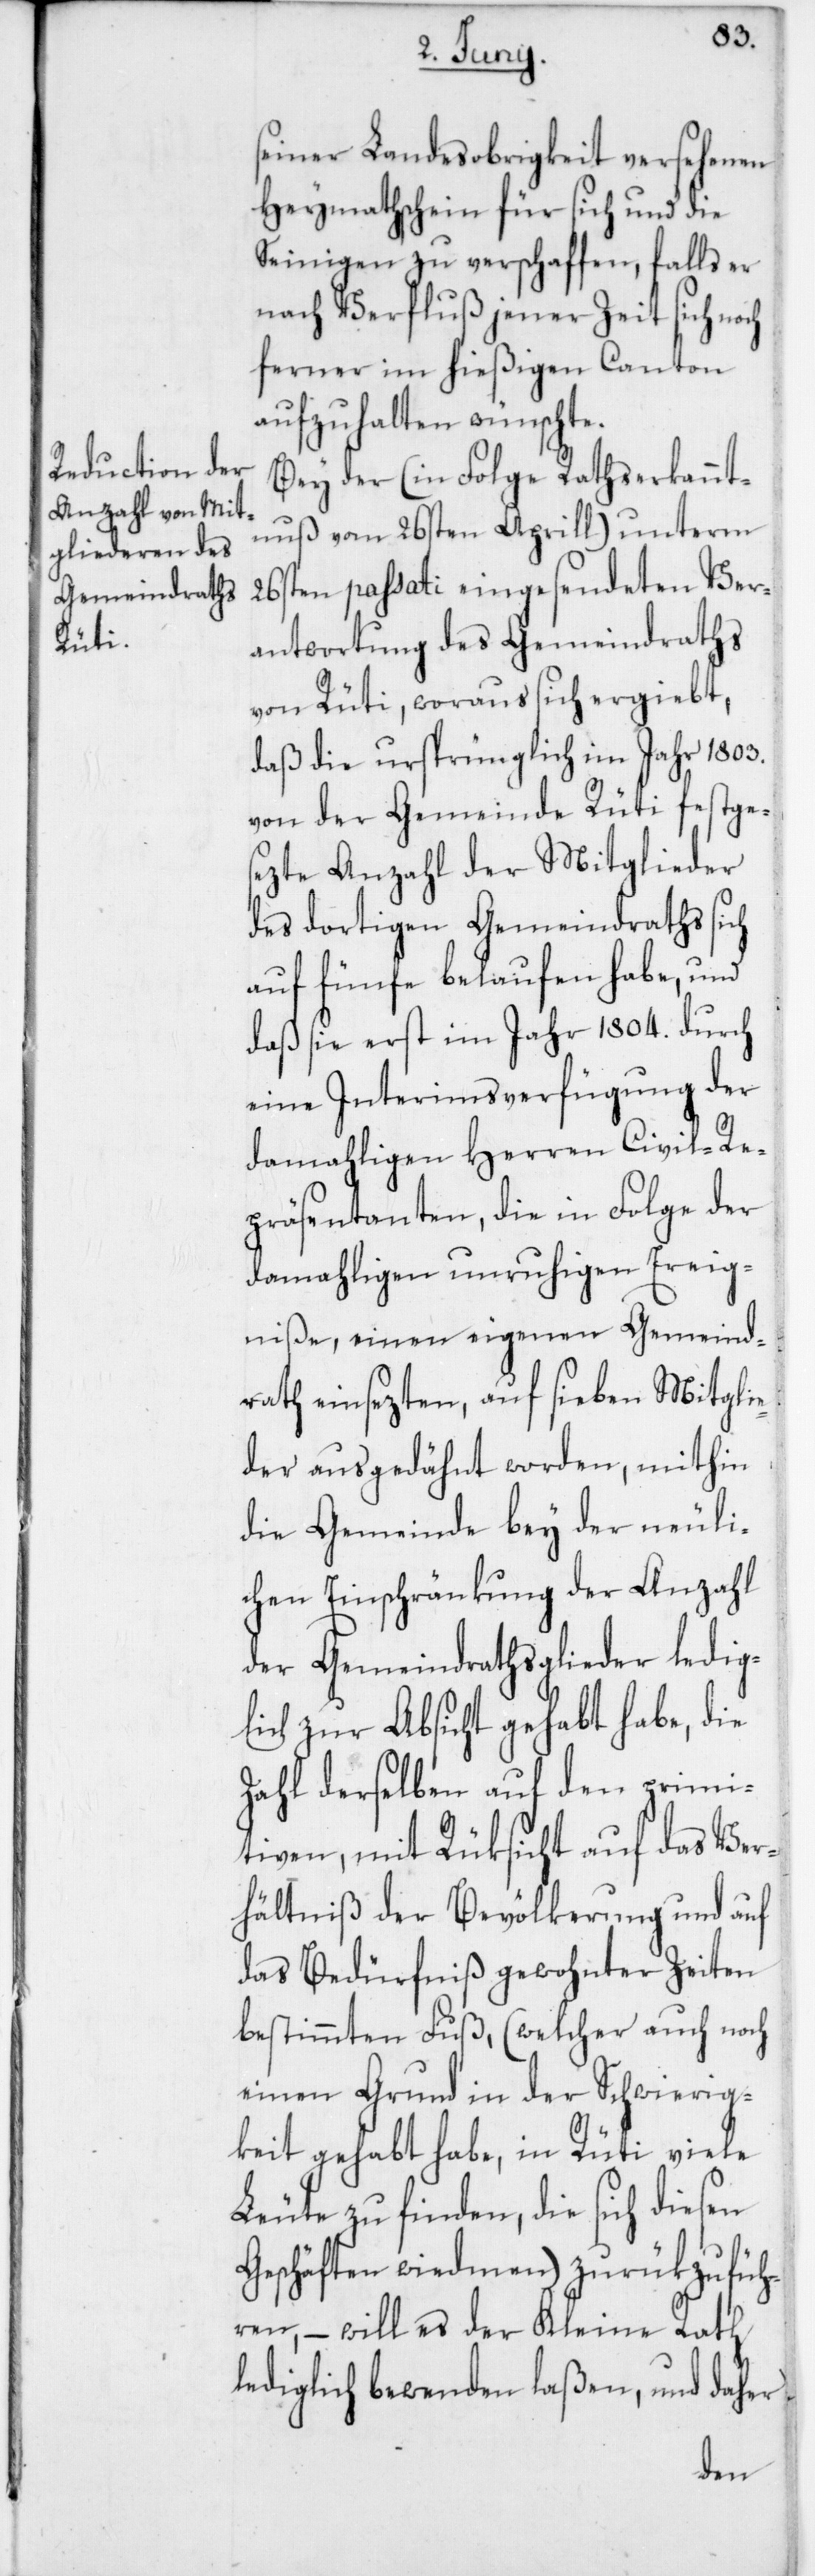
seiner Landesobrigkeit versehenen
Heymathschein für sich und die
Seinigen zu verschaffen, falls er
nach Verfluß jener Zeit sich noch
ferner im hießigen Canton
aufzuhalten wünschte.
Bey der (in Folge Rathserkannt¬
nuß vom 26sten Aprill) unterm
26sten passati eingesendeten Ver¬
antwortung des Gemeindraths
von Rüti, woraus sich ergiebt,
daß die ursprünglich im Jahr 1803
von der Gemeinde Rüti festge¬
sezte Anzahl der Mitglieder
des dortigen Gemeindraths sich
auf fünfe belaufen habe, und
daß sie erst im Jahr 1804 durch
eine Interimsverfügung der
damahligen Herren Civil-Re¬
präsentanten, die in Folge der
damahligen unruhigen Ereig¬
niße, einen eigenen Gemeind¬
rath einsezten, auf sieben Mitglie¬
der ausgedähnt worden, mithin
die Gemeinde bey der neuli¬
chen Einschränkung der Anzahl
der Gemeindrathsglieder ledig¬
lich zur Absicht gehabt habe, die
Zahl derselben auf den primi¬
tiven, mit Rüksicht auf das Ver¬
hältniß der Bevölkerung und auf
das Bedürfniß gewohnter Zeiten
bestimmten Fuß, (welcher auch noch
einen Grund in der Schwierig¬
keit gehabt habe, in Rüti viele
Leute zu finden, die sich diesen
Geschäften wiedmen) zurükzufüh¬
ren, – will es der Kleine Rath
lediglich bewenden laßen, und daher